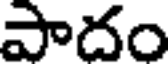
పాదం